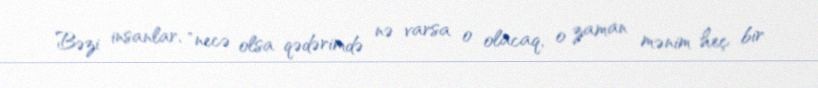
Bəzi insanlar, "necə olsa qədərimdə nə varsa o olacaq, o zaman mənim heç bir